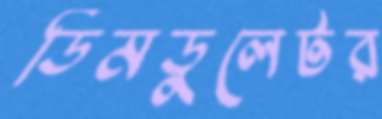
ডিমডুলেটর